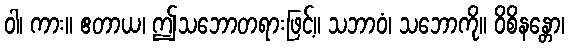
ဝါ၊ ကား။ ဧတာယ၊ ဤသဘောတရားဖြင့်။ သဘာဝံ၊ သဘောကို။ ဝိစိနန္တော၊